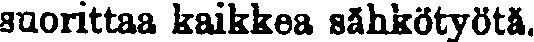
suorittaa kaikkea sähkötyötä.